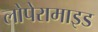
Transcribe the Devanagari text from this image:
लोपेरामाइड